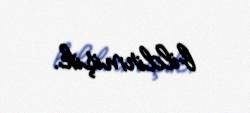
bildirmişik.